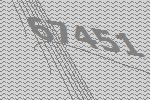
67451